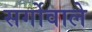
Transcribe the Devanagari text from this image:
सर्गोवाले